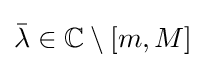
{\bar {\lambda }}\in \mathbb {C} \setminus [m,M]